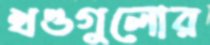
খণ্ডগুলোর